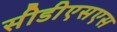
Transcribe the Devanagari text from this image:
सीडीएसएस